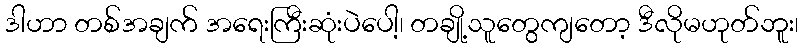
ဒါဟာ တစ်အချက် အရေးကြီးဆုံးပဲပေါ့၊ တချို့သူတွေကျတော့ ဒီလိုမဟုတ်ဘူး၊